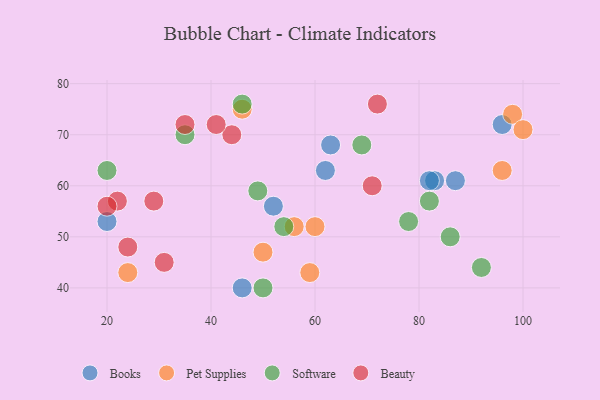
{"axis": {"x": "GDP", "y": "Life Expectancy"}, "legend": ["Beauty", "Books", "Pet Supplies", "Software"], "data": [{"x": "62", "y": 63, "type": "Books"}, {"x": "63", "y": 68, "type": "Books"}, {"x": "87", "y": 61, "type": "Books"}, {"x": "52", "y": 56, "type": "Books"}, {"x": "20", "y": 53, "type": "Books"}, {"x": "46", "y": 40, "type": "Books"}, {"x": "83", "y": 61, "type": "Books"}, {"x": "96", "y": 72, "type": "Books"}, {"x": "82", "y": 61, "type": "Books"}, {"x": "46", "y": 75, "type": "Pet Supplies"}, {"x": "98", "y": 74, "type": "Pet Supplies"}, {"x": "59", "y": 43, "type": "Pet Supplies"}, {"x": "24", "y": 43, "type": "Pet Supplies"}, {"x": "60", "y": 52, "type": "Pet Supplies"}, {"x": "96", "y": 63, "type": "Pet Supplies"}, {"x": "50", "y": 47, "type": "Pet Supplies"}, {"x": "56", "y": 52, "type": "Pet Supplies"}, {"x": "100", "y": 71, "type": "Pet Supplies"}, {"x": "20", "y": 63, "type": "Software"}, {"x": "69", "y": 68, "type": "Software"}, {"x": "49", "y": 59, "type": "Software"}, {"x": "46", "y": 76, "type": "Software"}, {"x": "82", "y": 57, "type": "Software"}, {"x": "86", "y": 50, "type": "Software"}, {"x": "35", "y": 70, "type": "Software"}, {"x": "92", "y": 44, "type": "Software"}, {"x": "78", "y": 53, "type": "Software"}, {"x": "54", "y": 52, "type": "Software"}, {"x": "50", "y": 40, "type": "Software"}, {"x": "72", "y": 76, "type": "Beauty"}, {"x": "22", "y": 57, "type": "Beauty"}, {"x": "24", "y": 48, "type": "Beauty"}, {"x": "71", "y": 60, "type": "Beauty"}, {"x": "44", "y": 70, "type": "Beauty"}, {"x": "31", "y": 45, "type": "Beauty"}, {"x": "20", "y": 56, "type": "Beauty"}, {"x": "29", "y": 57, "type": "Beauty"}, {"x": "41", "y": 72, "type": "Beauty"}, {"x": "35", "y": 72, "type": "Beauty"}]}